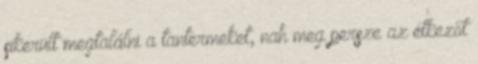
sikerült megtalálni a tantermeket, nah meg persze az étkezőt